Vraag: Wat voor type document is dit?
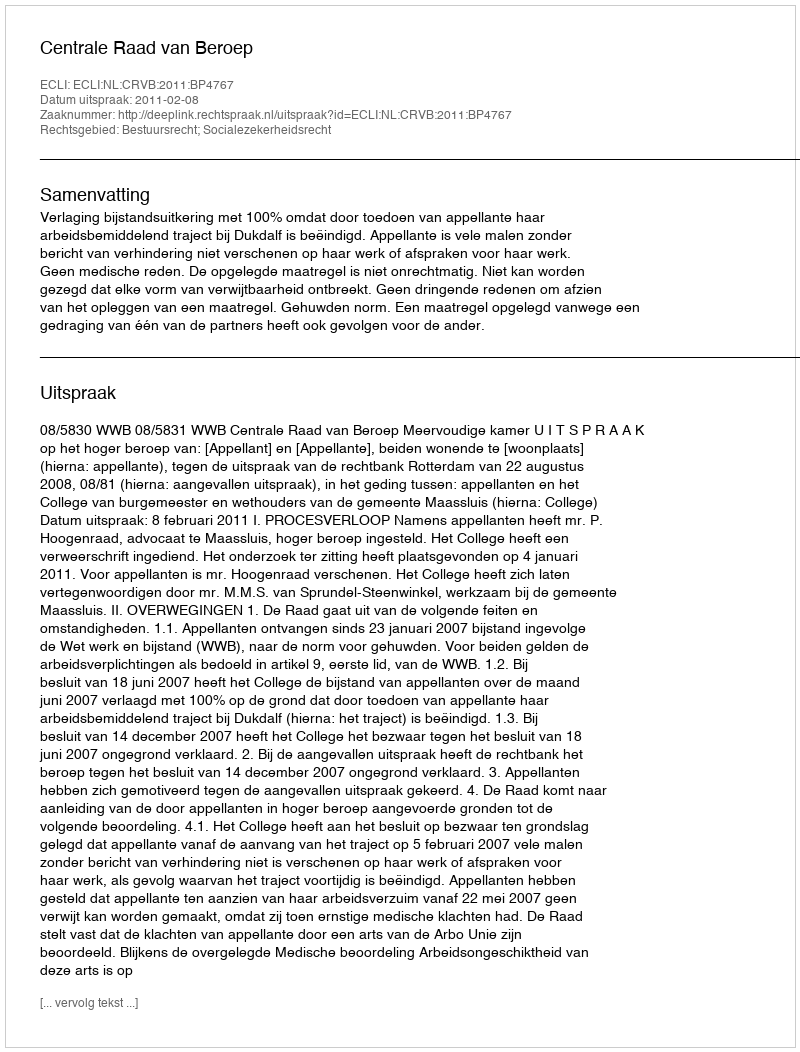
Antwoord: Uitspraak